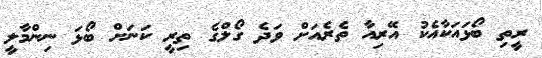
ރީތި ބޯޅައަކާއެކު އޭރިއާ ތެރެއަށް ވަދެ ގޯލްގެ ތިރީ ކަނަށް ބޯޅަ ނިންމާލީ